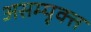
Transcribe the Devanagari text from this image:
असम्पृक्त